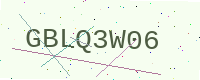
Text: GBLQ3W06